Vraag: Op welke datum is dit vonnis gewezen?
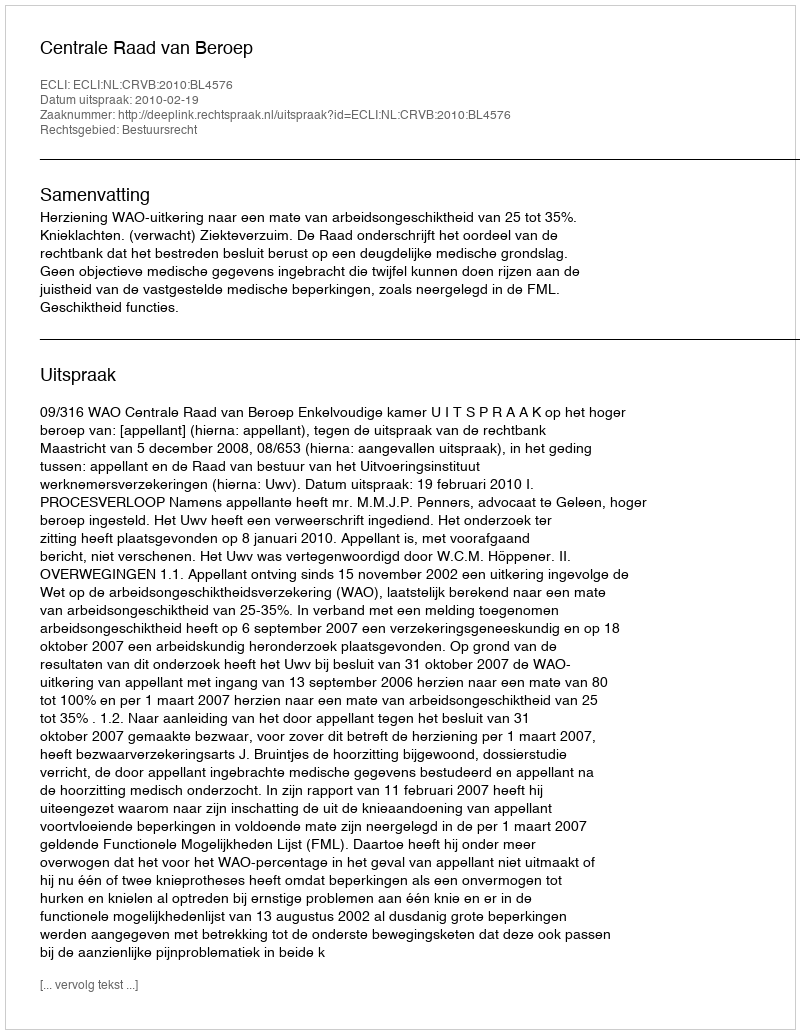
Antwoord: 2010-02-19